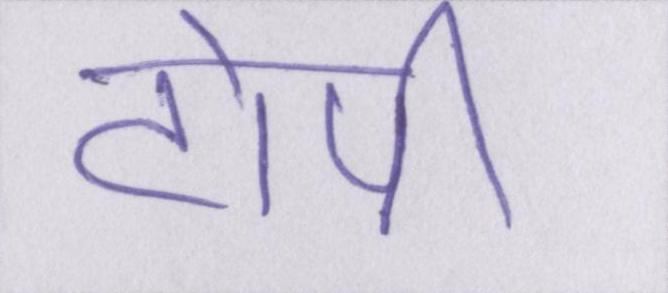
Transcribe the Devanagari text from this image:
टोपी।